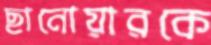
ছানোয়ারকে